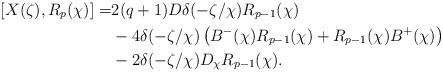
LaTeX: \begin{align*}[X(\zeta),R_{p}(\chi)]=&2(q+1)D\delta(-\zeta/\chi)R_{p-1}(\chi)\\&-4\delta(-\zeta/\chi)\left(B^{-}(\chi)R_{p-1}(\chi)+R_{p-1}(\chi)B^{+}(\chi)\right)\\&-2\delta(-\zeta/\chi)D_{\chi}R_{p-1}(\chi).\end{align*}